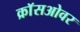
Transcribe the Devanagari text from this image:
क्राॅसओवर